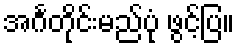
အင်္ဂတိုင်းမည်ပုံ ဖွင့်ပြ။